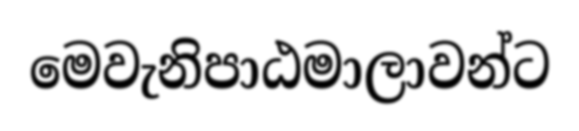
මෙවැනිපාඨමාලාවන්ට